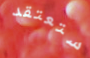
ستعتقد